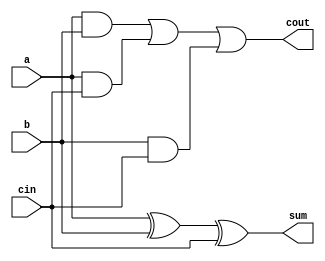
module fulladder1(output sum,
				  output cout,
				  input a,
				  input b,
				  input cin
				 );
assign sum=a^b^cin;
assign cout=a&b | a&cin | b&cin;
endmodule